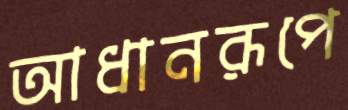
আধানরূপে